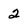
Character: 2